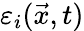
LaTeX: \varepsilon_{i}(\vec{x},t)